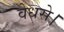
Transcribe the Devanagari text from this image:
वेधसे।